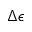
\Delta \epsilon